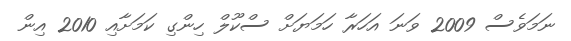
ނަމަވެސް 2009 ވަނަ އަހަރާ ހަމަޔަށް ސްކޫލް ހިންގި ކަމަށާއި 2010 އިން